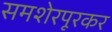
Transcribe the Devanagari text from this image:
समशेरपूरकर